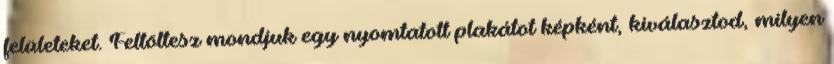
felületeket. Feltöltesz mondjuk egy nyomtatott plakátot képként, kiválasztod, milyen